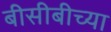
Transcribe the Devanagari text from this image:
बीसीबीच्या